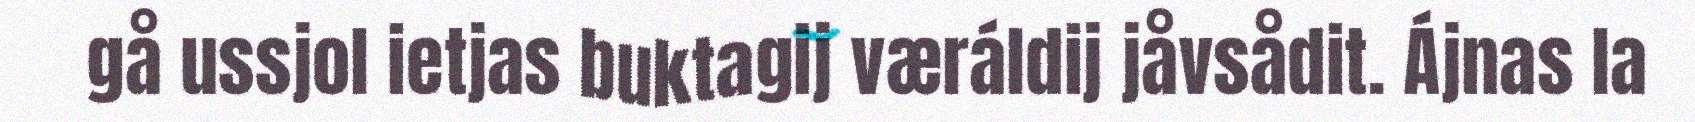
gå ussjol ietjas buktagij væráldij jåvsådit. Ájnas la